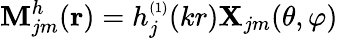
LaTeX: \mathbf{M}_{jm}^{h}(\mathbf{r})=h_{j}^{\scriptscriptstyle(1)}(kr)\mathbf{X}_{jm}(\theta,\varphi)